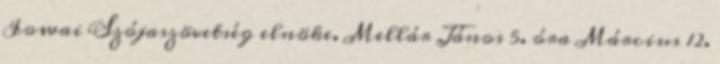
Iowai Szójaszövetség elnöke. Mellár János 5. óra Március 12.